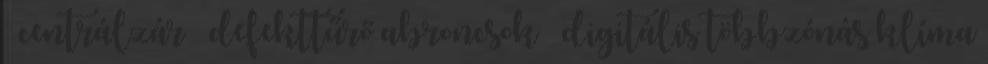
– centrálzár – defekttűrő abroncsok – digitális többzónás klíma